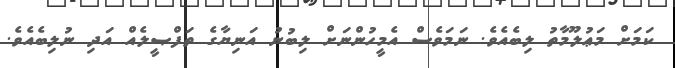
ކަމަށް މަޢުލޫމާތު ލިބެއެވެ. ނަމަވެސް އެމީހުންނަށް ލިބުނު އަނިޔާގެ ތަފްޞީލެއް އަދި ނުލިބެއެވެ.